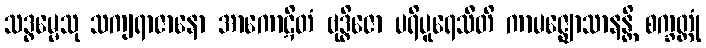
သဒ္ဓမ္မေသု သကျရာဇာနော အာကောဋိတံ ဗုဒ္ဓိဇော ပရိပူရေသီတိ ကာမဇ္ဈောသာနန္တိ စက္ခတ္တုံ